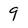
Character: 9